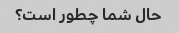
حال شما چطور است؟